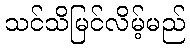
သင်သိမြင်လိမ့်မည်